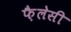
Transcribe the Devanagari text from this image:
फ़ैलेसी